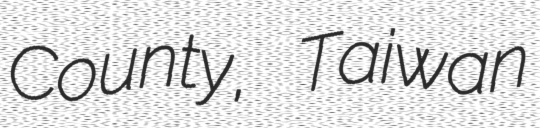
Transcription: County, Taiwan